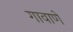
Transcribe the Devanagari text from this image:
गावाणे